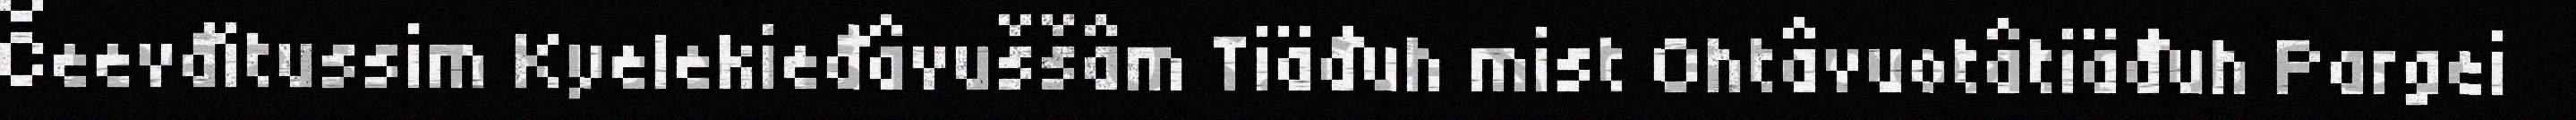
Čeevđitussim Kyelekieđâvuššâm Tiäđuh mist Ohtâvuotâtiäđuh Pargei